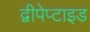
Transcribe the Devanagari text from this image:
द्वीपेप्टाइड